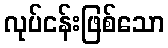
လုပ်ငန်းဖြစ်သော